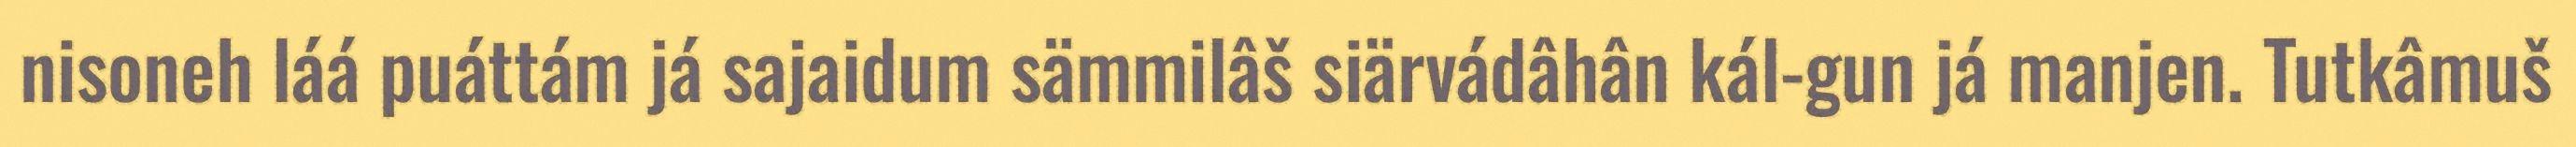
nisoneh láá puáttám já sajaidum sämmilâš siärvádâhân kál-gun já manjen. Tutkâmuš